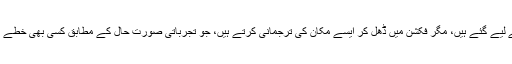
اس کے افسانوی کردار آئرلینڈ کی رہتل سے لیے گئے ہیں، مگر فکشن میں ڈھل کر ایسے مکان کی ترجمانی کرتے ہیں، جو تجرباتی صورت حال کے مطابق کسی بھی خطے کے رہنے والے انسان کا مکان بن جاتا ہے۔